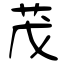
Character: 茂